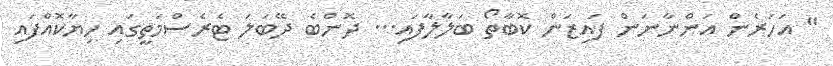
" އަހަރެން އަންނާނަން ފައިޒަން ކޮބާތޯ ބަލާލާފައި... ދޮންބެ ދޭބަލަ ޓެރެސްމަތީގައި ހިޔާކޮއްފައި